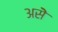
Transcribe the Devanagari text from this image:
असॆे